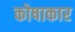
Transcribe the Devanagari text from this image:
कोषाकार